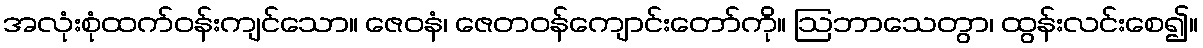
အလုံးစုံထက်ဝန်းကျင်သော။ ဇေဝနံ၊ ဇေတဝန်ကျောင်းတော်ကို။ ဩဘာသေတွာ၊ ထွန်းလင်းစေ၍။